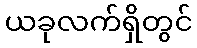
ယခုလက်ရှိတွင်